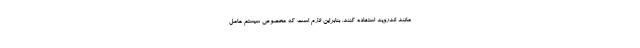
مانند اندروید استفاده کنند. بنابراین لازم است که مخصوص سیستم عامل